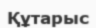
Құтарыс